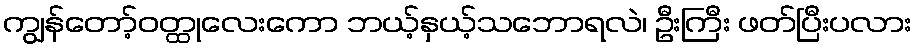
ကျွန်တော့်ဝတ္ထုလေးကော ဘယ့်နှယ့်သဘောရလဲ၊ ဦးကြီး ဖတ်ပြီးပလား